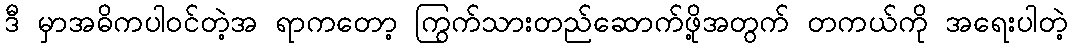
ဒီ မှာအဓိကပါဝင်တဲ့အ ရာကတော့ ကြွက်သားတည်ဆောက်ဖို့အတွက် တကယ်ကို အရေးပါတဲ့